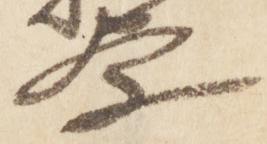
察